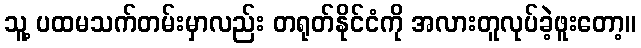
သူ့ ပထမသက်တမ်းမှာလည်း တရုတ်နိုင်ငံကို အလားတူလုပ်ခဲ့ဖူးတော့။